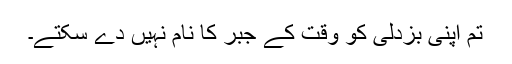
تم اپنی بزدلی کو وقت کے جبر کا نام نہیں دے سکتے۔